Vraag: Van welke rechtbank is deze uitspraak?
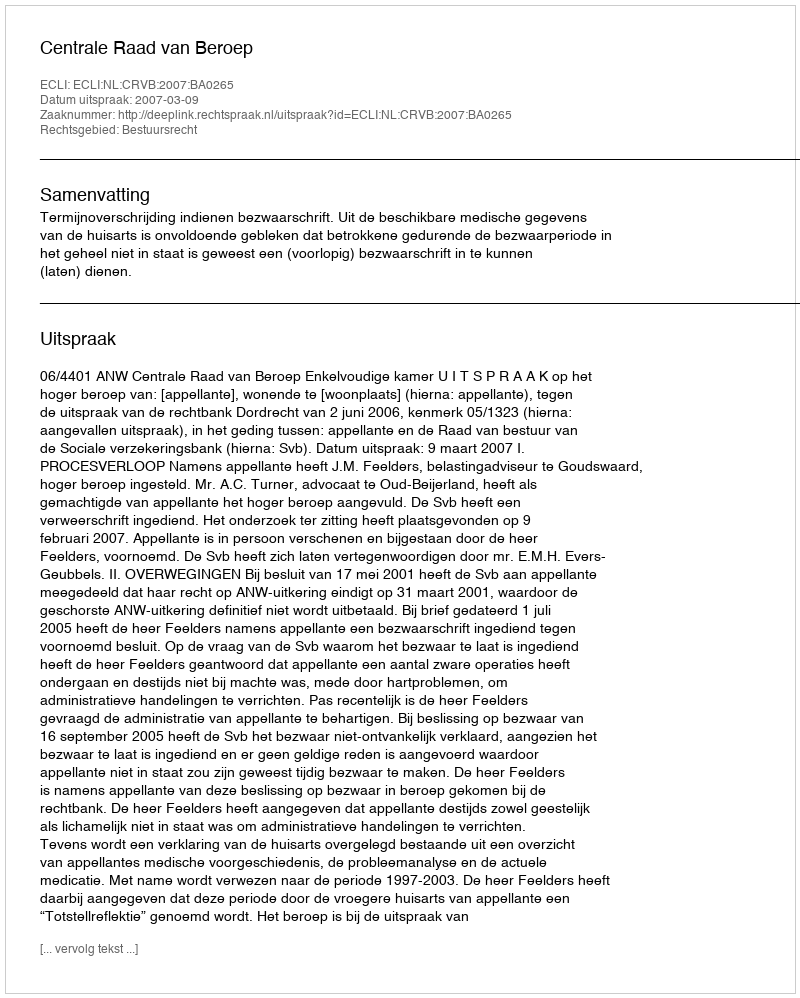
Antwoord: Centrale Raad van Beroep